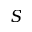
S